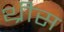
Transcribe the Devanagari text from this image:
थ्रीस